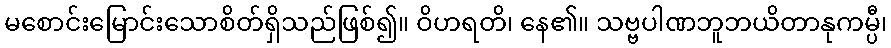
မစောင်းမြောင်းသောစိတ်ရှိသည်ဖြစ်၍။ ဝိဟရတိ၊ နေ၏။ သဗ္ဗပါဏဘူဘယိတာနုကမ္ပီ၊